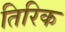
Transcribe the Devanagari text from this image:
तिरिक